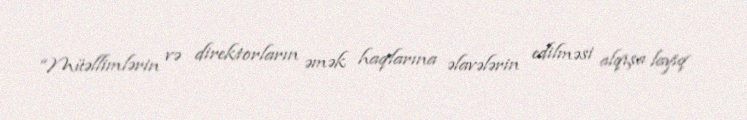
“Müəllimlərin və direktorların əmək haqlarına əlavələrin edilməsi alqışa layiq